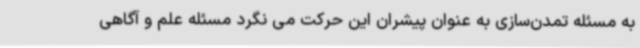
به مسئله تمدن‌سازی به عنوان پیشران این حرکت می نگرد مسئله علم و آگاهی